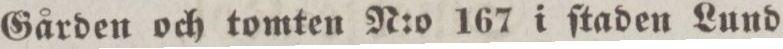
Gården och tomten N:o 167 i ſtaden Lund